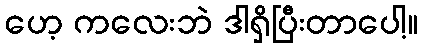
ဟေ့ ကလေးဘဲ ဒါရှိပြီးတာပေါ့။